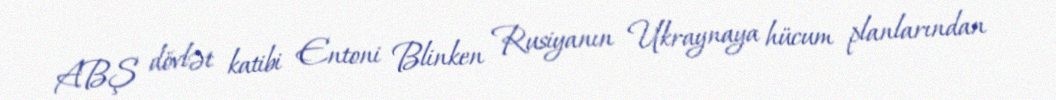
ABŞ dövlət katibi Entoni Blinken Rusiyanın Ukraynaya hücum planlarından